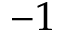
- 1